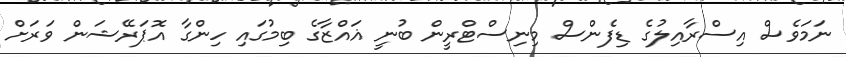
ނަމަވެސް އިސްރާއިލުގެ ޑިފެންސް މިނިސްޓްރީން ބުނީ ޣައްޒާގެ ބިމުގައި ހިންގާ އޮޕަރޭޝަން ވަރަށް